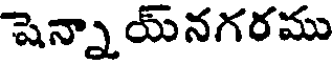
షెన్నా య్నగరము